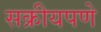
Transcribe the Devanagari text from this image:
सक्रीयपणे